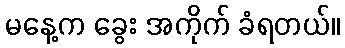
မနေ့က ခွေး အကိုက် ခံရတယ်။